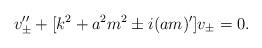
LaTeX: \begin{align*} v_\pm''+[k^2+a^2 m^2 \pm i(a m)']v_\pm=0.\end{align*}